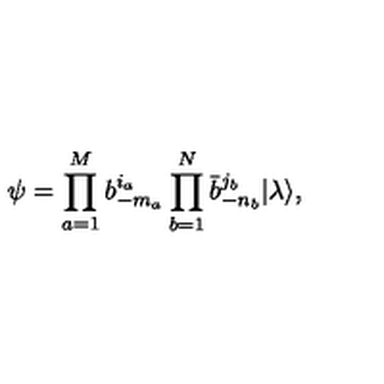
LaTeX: \psi = \prod _ { a = 1 } ^ { M } b _ { - m _ { a } } ^ { i _ { a } } \prod _ { b = 1 } ^ { N } \bar { b } _ { - n _ { b } } ^ { j _ { b } } | \lambda \rangle ,